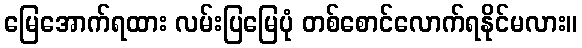
မြေအောက်ရထား လမ်းပြမြေပုံ တစ်စောင်လောက်ရနိုင်မလား။